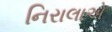
નિરાલાએ